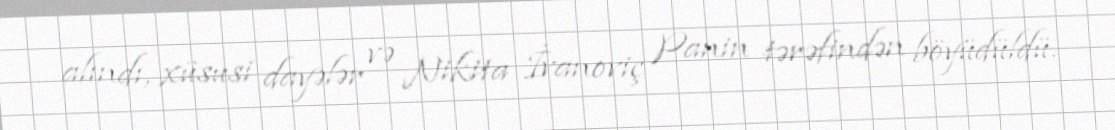
alındı, xüsusi dayələr və Nikita İvanoviç Panin tərəfindən böyüdüldü.